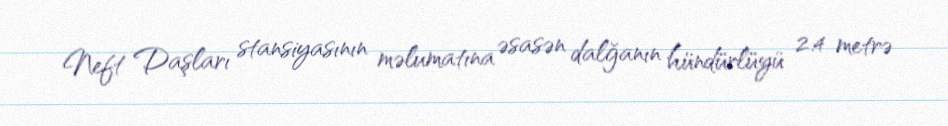
Neft Daşları stansiyasının məlumatına əsasən dalğanın hündürlüyü 2.4 metrə